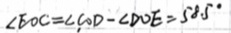
\angle E O C = \angle C O D - \angle D O E = 5 8 . 5 ^ { \circ }